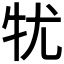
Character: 𤘜